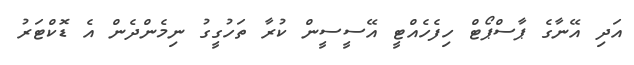
އަދި އޭނާގެ ޕާސްޕޯޓް ހިފެހެއްޓީ އޭސީސީން ކުރާ ތަހުގީގު ނިމެންދެން އެ ޑޮކްޓަރު